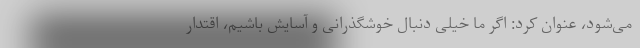
می‌شود، عنوان کرد: اگر ما خیلی دنبال خوشگذرانی و آسایش باشیم، اقتدار